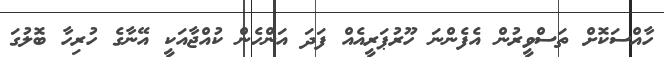
ހާއްސަކޮށް ތަސްވީރުން އެފެންނަ ހޫރުޕަރީއެއް ފަދަ އަންހެން ކުއްޖާއަކީ އޭނާގެ ހުރިހާ ބޮލުގަ